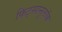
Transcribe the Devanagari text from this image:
फिट्सानुलॉक